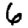
Digit: 6